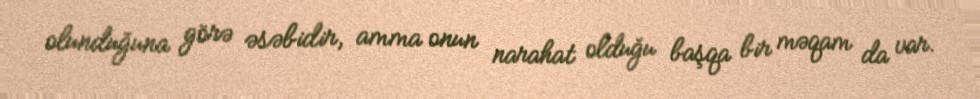
olunduğuna görə əsəbidir, amma onun narahat olduğu başqa bir məqam da var.